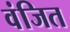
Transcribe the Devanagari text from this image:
वंजित